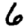
Digit: 6